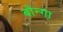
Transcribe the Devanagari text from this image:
बोन्‍गा